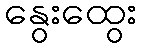
နွေးထွေး